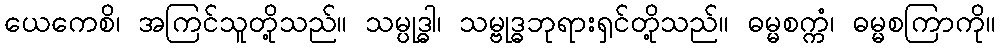
ယေကေစိ၊ အကြင်သူတို့သည်။ သမ္ပုဒ္ဓါ၊ သမ္ဗုဒ္ဓဘုရားရှင်တို့သည်။ ဓမ္မစက္ကံ၊ ဓမ္မစကြာကို။